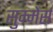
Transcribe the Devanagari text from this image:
सुम्मेर्स